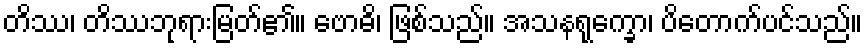
တိဿ၊ တိဿဘုရားမြတ်၏။ ဗောဓိ၊ ဖြစ်သည်။ အသနရုက္ခော၊ ပိတောက်ပင်သည်။